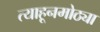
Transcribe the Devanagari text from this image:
त्याहूनमोठ्या